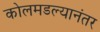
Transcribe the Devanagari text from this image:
कोलमडल्यानंतर